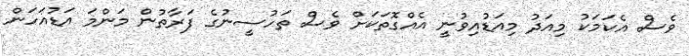
ވެސް އެކަމަކު މިއަދު މިއަޑުއިވުނީ އެއްގޮތަކަށް ވެސް ތަހުސީނުގެ ފަރާތުން މަންމަ އަޑުއަހަން